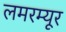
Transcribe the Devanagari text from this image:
लमरम्यूर